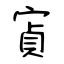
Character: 寊